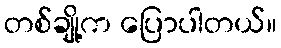
တစ်ချို့က ပြောပါတယ်။